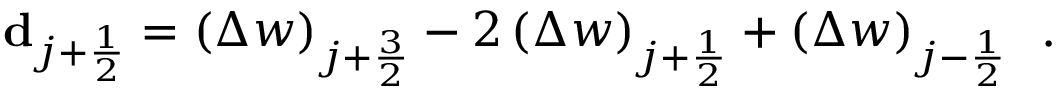
\mathbf { d } _ { j + \frac { 1 } { 2 } } = \left( \Delta w \right) _ { j + \frac { 3 } { 2 } } - 2 \left( \Delta w \right) _ { j + \frac { 1 } { 2 } } + \left( \Delta w \right) _ { j - \frac { 1 } { 2 } } \, \mathrm { ~ . ~ }